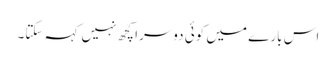
اس بارے میں کوئی دوسرا کچھ نہیں کہہ سکتا۔